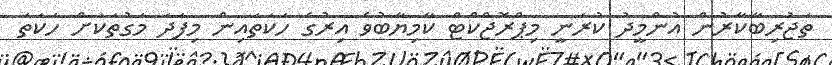
ތަޖުރިބާކާރުން އުންމީދު ކުރަނީ މިޕްރޮޖްކްޓް ކާމިޔާބުވެ އިރުގެ ހަކަތައިން މިފަދަ މަގުތަކަށް ހަކަތަ